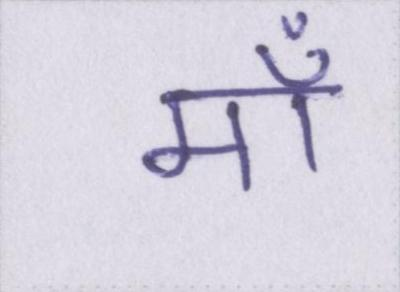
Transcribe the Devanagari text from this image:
माँ